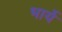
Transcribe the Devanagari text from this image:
भार्ये